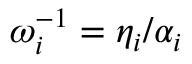
\omega _ { i } ^ { - 1 } = \eta _ { i } / \alpha _ { i }